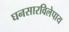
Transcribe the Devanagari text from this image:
घनसारविलेपाय